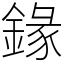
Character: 䤸